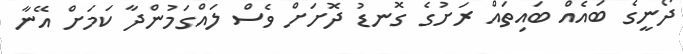
ދޯނީގެ ބައެއް ބައިތައް ރަށުގެ ގޮނޑު ދޮށަށް ވެސް ލައްގަމުންދާ ކަމަށް އޭނާ